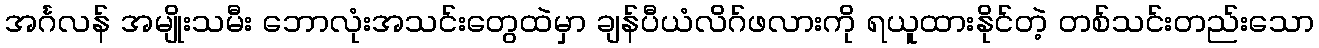
အင်္ဂလန် အမျိုးသမီး ဘောလုံးအသင်းတွေထဲမှာ ချန်ပီယံလိဂ်ဖလားကို ရယူထားနိုင်တဲ့ တစ်သင်းတည်းသော